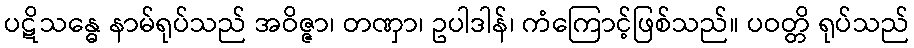
ပဋိသန္ဓေ နာမ်ရုပ်သည် အဝိဇ္ဇာ၊ တဏှာ၊ ဥပါဒါန်၊ ကံကြောင့်ဖြစ်သည်။ ပဝတ္တိ ရုပ်သည်